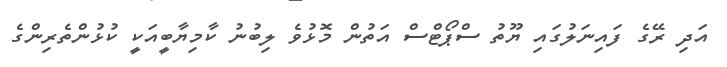
އަދި ރޭގެ ފައިނަލުގައި ޔޫތު ސްޕޯޓްސް އަތުން މޮޅުވެ ލިބުނު ކާމިޔާބީއަކީ ކުޅުންތެރިންގެ